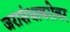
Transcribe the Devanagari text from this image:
जरासंधाबरोबर